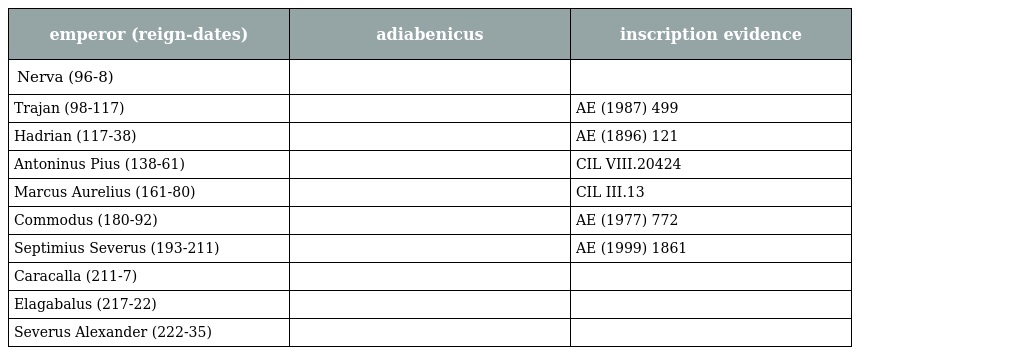
| emperor (reign-dates) | adiabenicus | inscription evidence |
 | --- | --- | --- |
 | Nerva (96-8) |  |  |
 | Trajan (98-117) |  | AE (1987) 499 |
 | Hadrian (117-38) |  | AE (1896) 121 |
 | Antoninus Pius (138-61) |  | CIL VIII.20424 |
 | Marcus Aurelius (161-80) |  | CIL III.13 |
 | Commodus (180-92) |  | AE (1977) 772 |
 | Septimius Severus (193-211) |  | AE (1999) 1861 |
 | Caracalla (211-7) |  |  |
 | Elagabalus (217-22) |  |  |
 | Severus Alexander (222-35) |  |  |